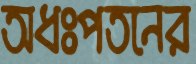
অধঃপতনের